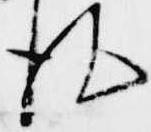
皮